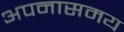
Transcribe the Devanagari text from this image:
अपनासमय